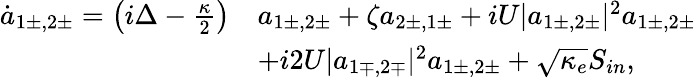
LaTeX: \begin{array}{rl}{\dot{a}_{1\pm,2\pm}=\left(i\Delta-\frac{\kappa}{2}\right)}&{a_{1\pm,2\pm}+\zeta a_{2\pm,1\pm}+iU|a_{1\pm,2\pm}|^{2}a_{1\pm,2\pm}}\\ &{+i2U|a_{1\mp,2\mp}|^{2}a_{1\pm,2\pm}+\sqrt{\kappa_{e}}S_{in},}\end{array}